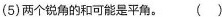
(5)两个锐角的和可能是平角。（）